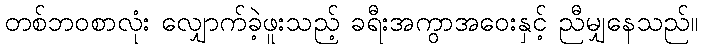
တစ်ဘဝစာလုံး လျှောက်ခဲ့ဖူးသည့် ခရီးအကွာအဝေးနှင့် ညီမျှနေသည်။